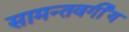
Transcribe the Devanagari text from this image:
सामन्तवर्गीय